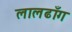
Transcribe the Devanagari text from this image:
लालढाँग